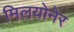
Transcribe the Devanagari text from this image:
मिलयोनेर